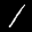
Label: 1